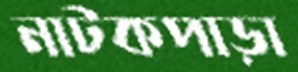
নাটকপাড়া